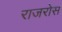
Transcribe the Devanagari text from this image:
राजरोस